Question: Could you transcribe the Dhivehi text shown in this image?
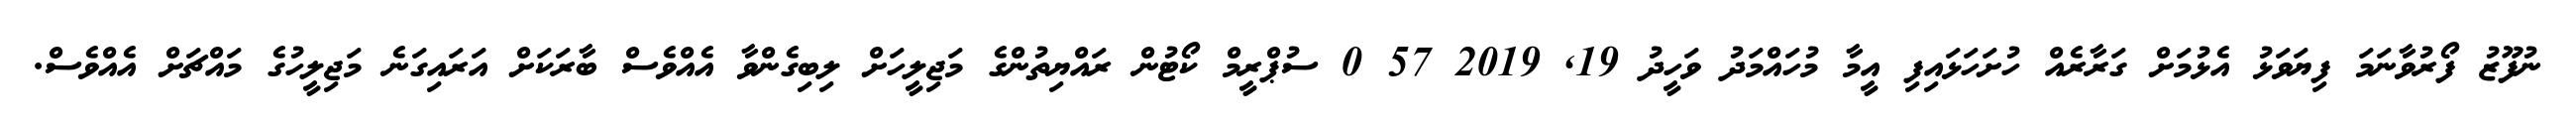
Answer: ނުފޫޒު ފޯރުވާނަމަ ފިޔަވަޅު އެޅުމަށް ގަރާރެއް ހުށަހަޅައިފި އީމާ މުހައްމަދު ވަހީދު 19, 2019 57 0 ސުޕްރީމް ކޯޓުން ރައްޔިތުންގެ މަޖިލީހަށް ލިބިގެންވާ އެއްވެސް ބާރަކަށް އަރައިގަނެ މަޖިލީހުގެ މައްޗަށް އެއްވެސް.